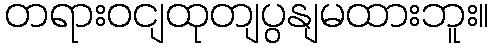
တရားဝငျထုတျပွနျမထားဘူး။